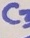
Text: C3